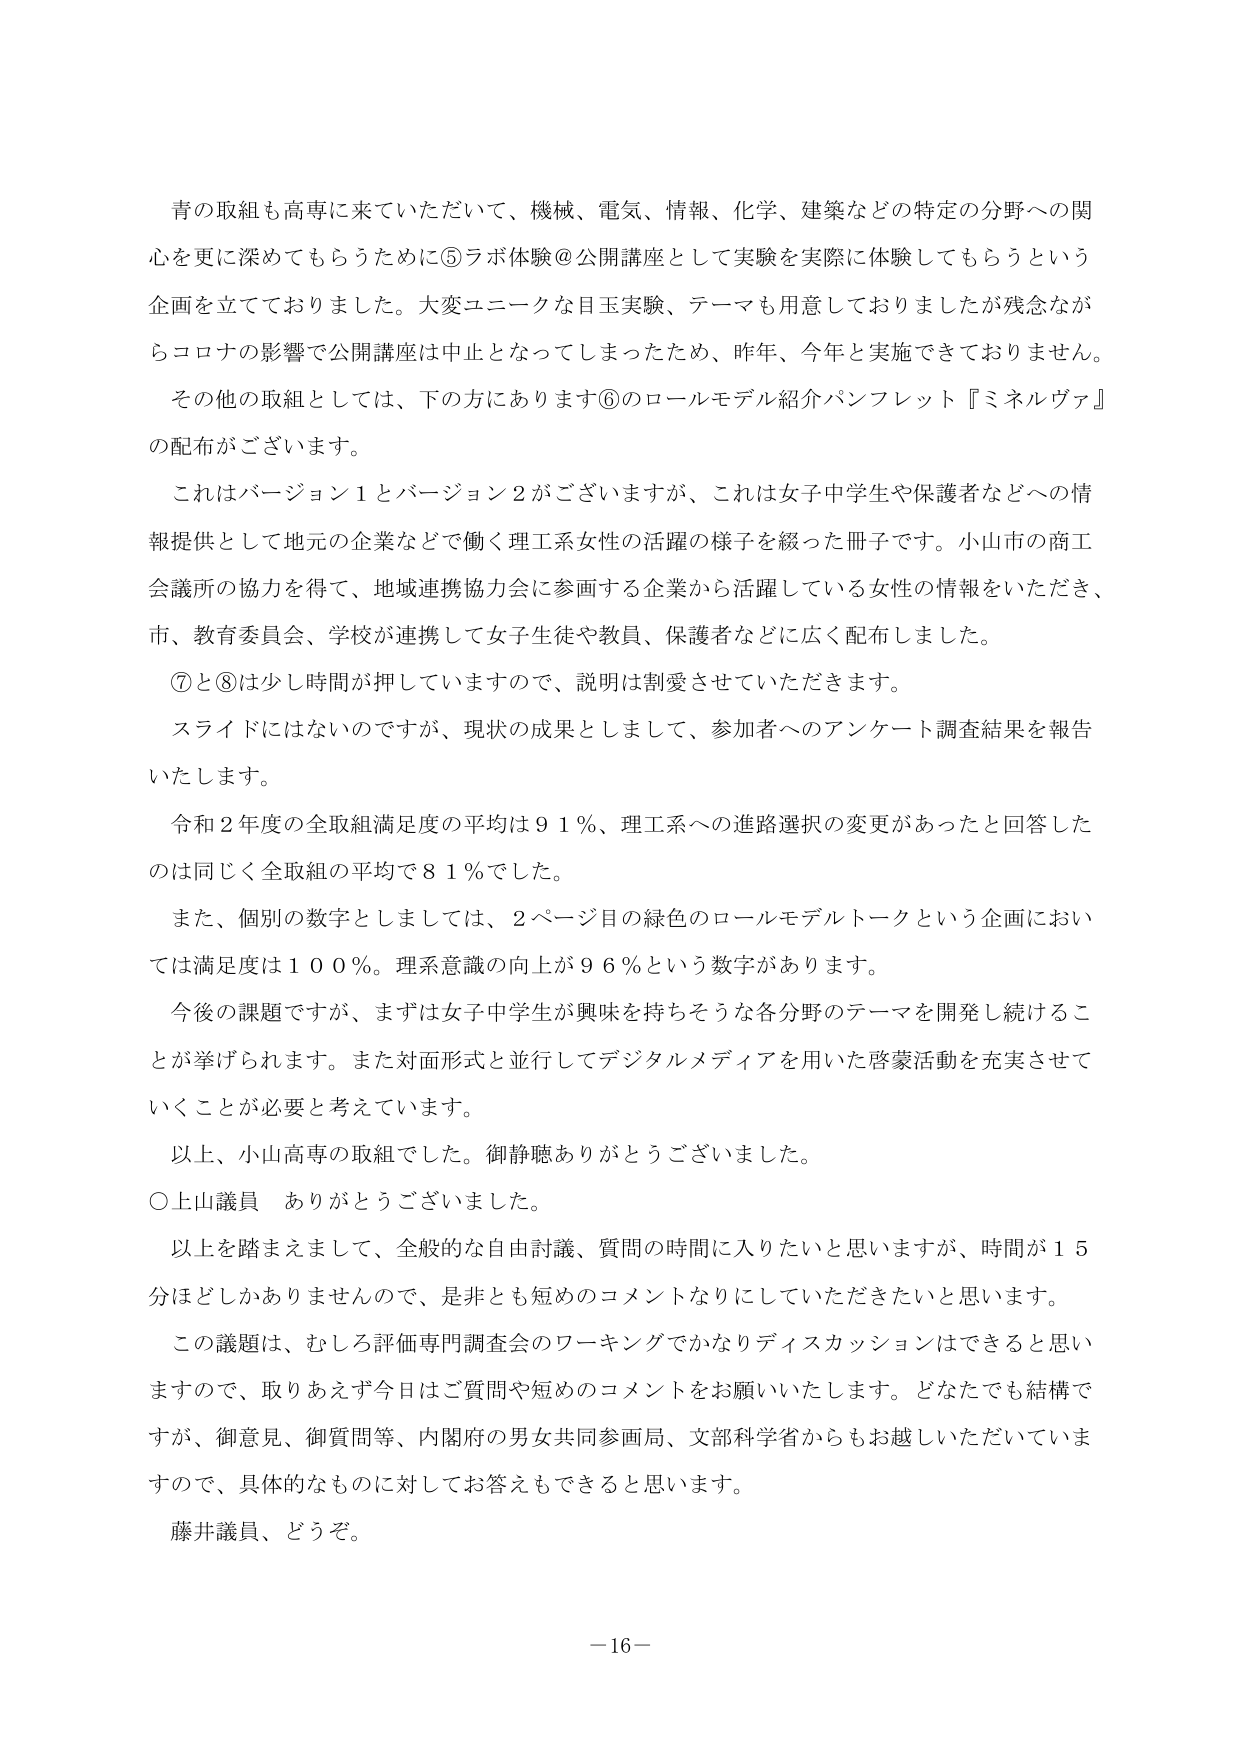
青の取組も高専に来ていただいて、機械、電気、情報、化学、建築などの特定の分野への関心を更に深めてもらうために⑤ラボ体験＠公開講座として実験を実際に体験してもらうという企画を立てておりました。大変ユニークな目玉実験、テーマも用意しておりましたが残念ながらコロナの影響で公開講座は中止となってしまったため、昨年、今年と実施できておりません。

その他の取組としては、下の方にあります⑥のロールモデル紹介パンフレット『ミネルヴァ』の配布がございます。

これはバージョン1とバージョン2がございますが、これは女子中学生や保護者などへの情報提供として地元の企業などで働く理工系女性の活躍の様子を綴った冊子です。小山市の商工会議所の協力を得て、地域連携協力会に参画する企業から活躍している女性の情報をいただき、市、教育委員会、学校が連携して女子生徒や教員、保護者などに広く配布しました。

⑦と⑧は少し時間が押していますので、説明は割愛させていただきます。

スライドにはないのですが、現状の成果としまして、参加者へのアンケート調査結果を報告いたします。

令和2年度の全取組満足度の平均は91％、理工系への進路選択の変更があったと回答したのは同じく全取組の平均で81％でした。

また、個別の数字としましては、2ページ目の緑色のロールモデルトークという企画においては満足度は100％。理系意識の向上が96％という数字があります。

今後の課題ですが、まずは女子中学生が興味を持ちそうな各分野のテーマを開発し続けることが挙げられます。また対面形式と並行してデジタルメディアを用いた啓蒙活動を充実させていくことが必要と考えています。

以上、小山高専の取組でした。御静聴ありがとうございました。

○上山議員　ありがとうございました。

以上を踏まえまして、全般的な自由討議、質問の時間に入りたいと思いますが、時間が15分ほどしかありませんので、是非とも短めのコメントなりにしていただきたいと思います。

この議題は、むしろ評価専門調査会のワーキングでかなりディスカッションはできると思いますので、取りあえず今日はご質問や短めのコメントをお願いいたします。どなたでも結構ですが、御意見、御質問等、内閣府の男女共同参画局、文部科学省からもお越しいただいていますので、具体的なものに対してお答えもできると思います。

藤井議員、どうぞ。

－16－